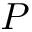
P